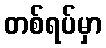
တစ်ရပ်မှာ